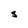
Character: S